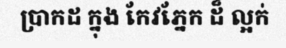
ប្រាកដ ក្នុង កែវភ្នែក ដ៏ ល្អក់